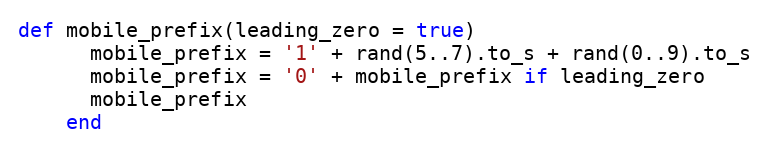
Language: Ruby
def mobile_prefix(leading_zero = true)
      mobile_prefix = '1' + rand(5..7).to_s + rand(0..9).to_s
      mobile_prefix = '0' + mobile_prefix if leading_zero
      mobile_prefix
    end